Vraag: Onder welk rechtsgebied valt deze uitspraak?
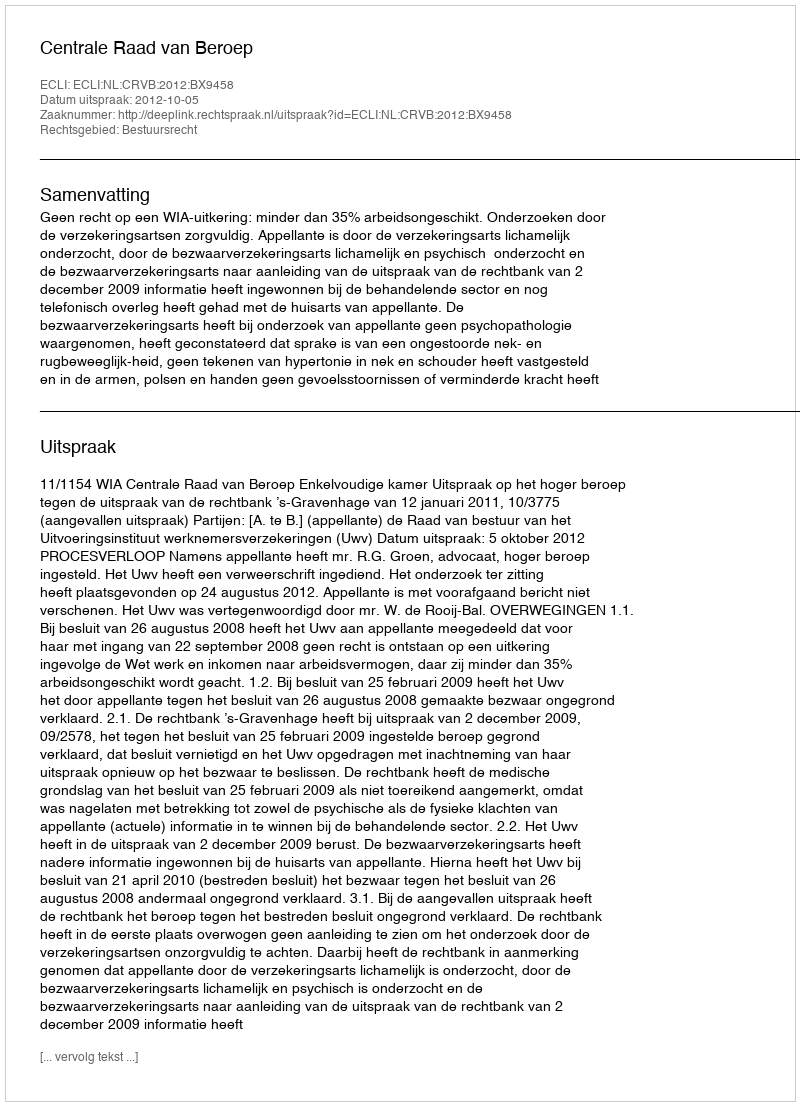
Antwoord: Bestuursrecht